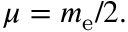
\mu = m _ { \mathrm { e } } / 2 .